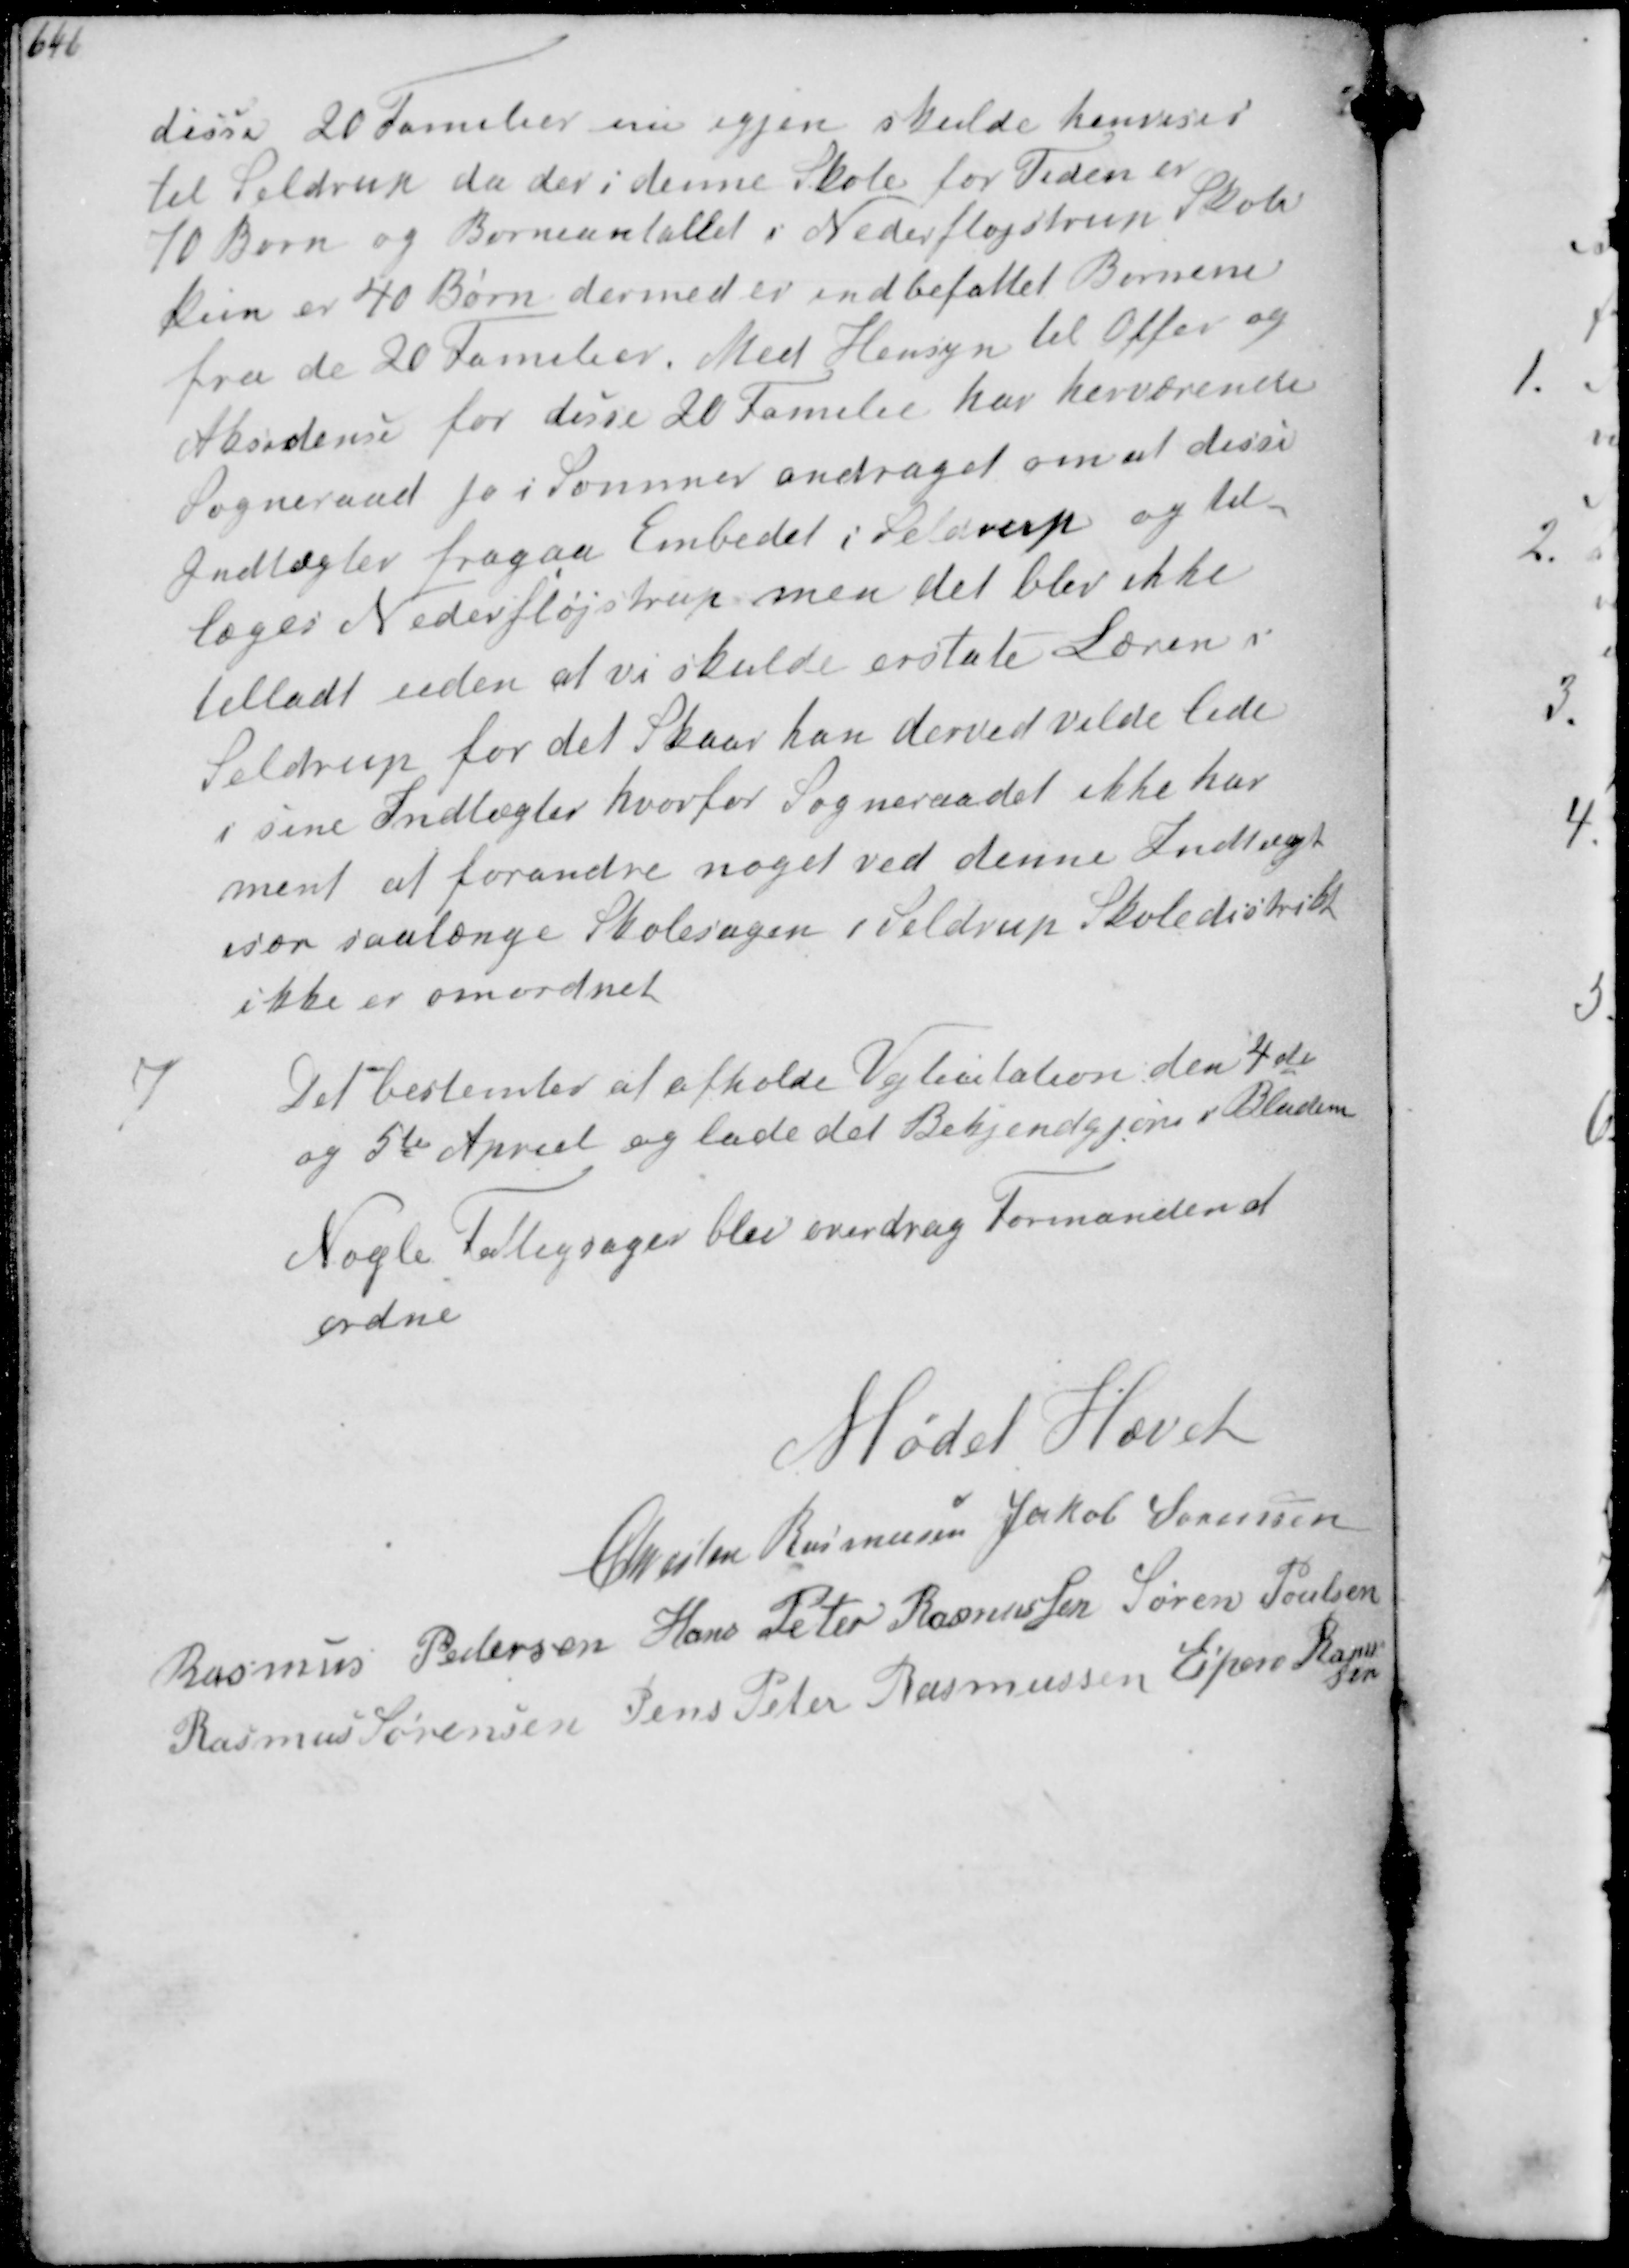
Transskription:
disse 20 Familier nu igjen skulde henvises
til Seldrup da der i denne Skole for Tiden er
10 Børn og Børneantallet i Nederfløjstrup Skole
kun er 40 Børn dermed er indbefattet Børnene
fra de 20 Familier. Med Hensyn til Offer og
Aksidense for disse 20 Familie har herværende
Sogneraad jo i Sommer andraget om at disse
Indtægter fragaa Embedet i Seldrup og til-
læges Nederfløjstrup, men det blev ikke
tilladt uden at vi skulde erstate Læren i
Seldrup for det Skaar han derved vilde lide
i sine Indtægter hvorfor Sogneraadet ikke har
ment at forandre noget ved denne Indtægt
især saalænge Skolesagen Seldrup Skoledistrikt
ikke er omordnet

7

Det bestemtes at afholde Vejlicitation den 4de
og 5te April og lade det Bekjendtgøre i Bladene
Nogle Fattigsager blev overdrag Formanden at
ordne

Mødet Hævet
Christen Rasmussen Jakob Sørensen
Rasmus Pedersen Hans Peter Rasmussen Søren Poulsen
Rasmus Sørensen Jens Peter Rasmussen Espen Rasmussen